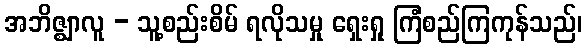
အဘိဇ္ဈာလူ - သူ့စည်းစိမ် ရလိုသမှု ရှေးရှု ကြံစည်ကြကုန်သည်၊